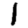
Digit: 1